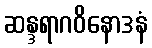
ဆန္ဒရာဂဝိနောဒနံ